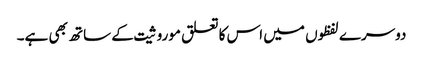
دوسرے لفظوں میں اس کا تعلق موروثیت کے ساتھ بھی ہے۔